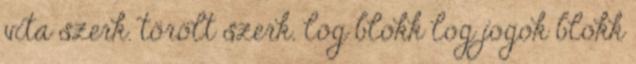
vita szerk. törölt szerk. log blokk log jogok blokk